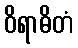
ဝိရာဓိတံ